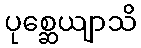
ပုစ္ဆေယျာသိ